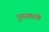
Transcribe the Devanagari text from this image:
पुरस्कारके